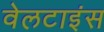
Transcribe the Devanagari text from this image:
वेलटाइंस